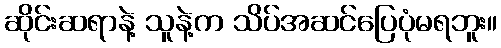
ဆိုင်းဆရာနဲ့ သူနဲ့က သိပ်အဆင်ပြေပုံမရဘူး။